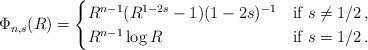
\begin{align*}\Phi_{n,s}(R) =\begin{cases}R^{n-1}(R^{1-2s}-1)(1-2s)^{-1}&\mbox{if } s\neq 1/2\,,\\R^{n-1}\log R& \mbox{if } s=1/2\,.\\\end{cases}\end{align*}